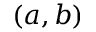
( a , b )